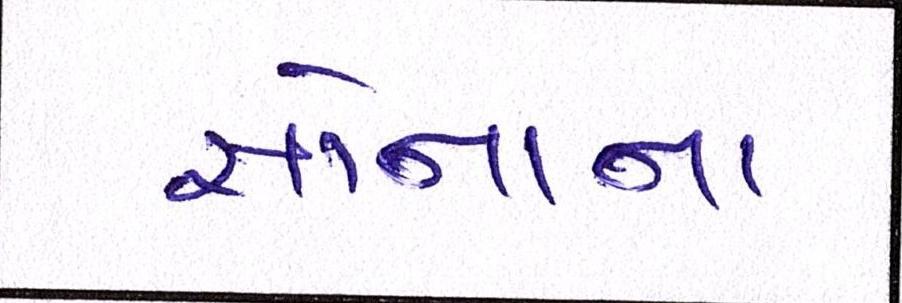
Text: સોનાના